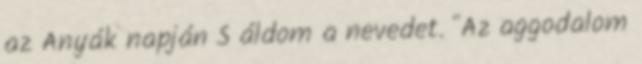
az Anyák napján S áldom a nevedet. "Az aggodalom